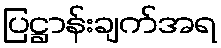
ပြဋ္ဌာန်းချက်အရ